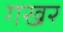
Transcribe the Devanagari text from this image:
गखर